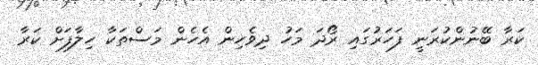
ކަރާ ބޭނުންކުރަނީ ފަހަރުގައި ރޯދަ މަހު ދިވެހިން އެހެން މަސްތަކާ ހިލާފަށް ކަރާ